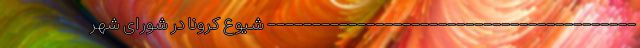
----------------------------------------- شیوع کرونا در شورای شهر